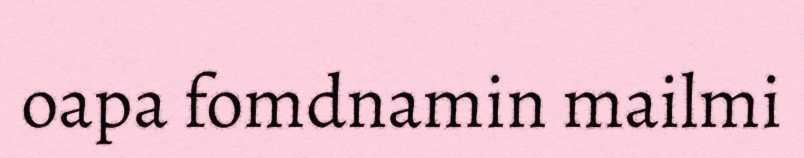
oapa fomdnamin mailmi